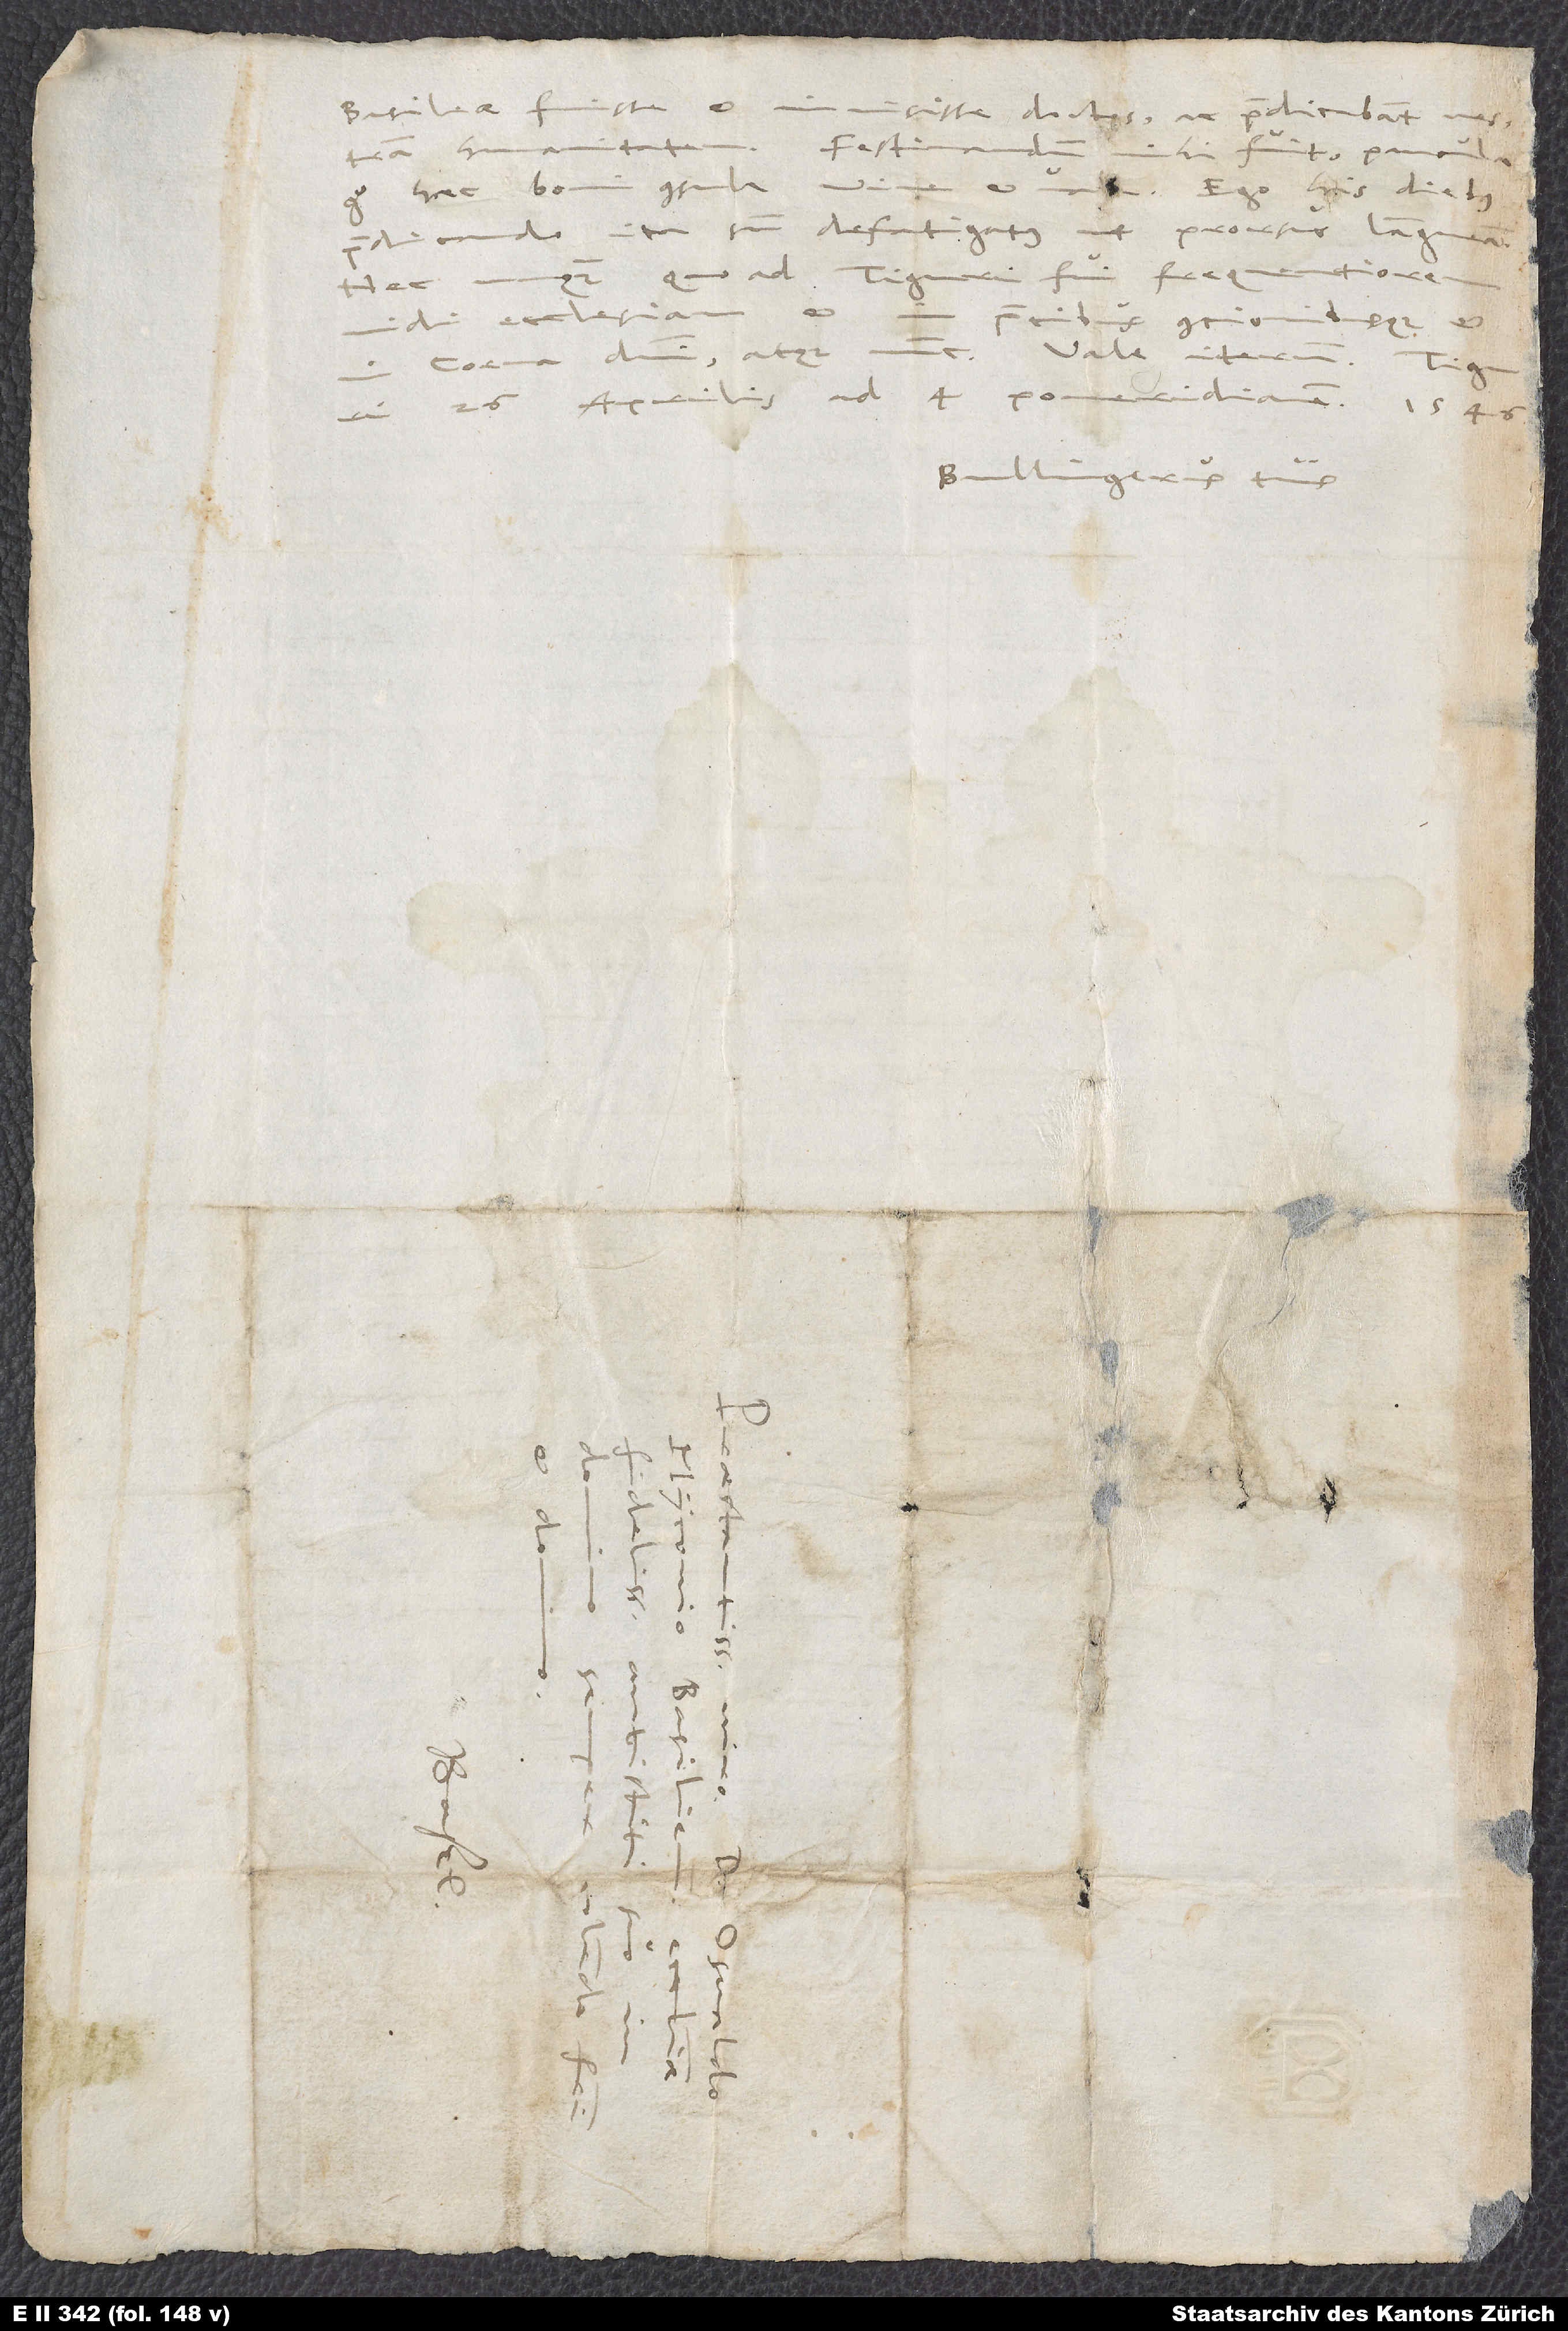
Basileae fuisse et invisisse doctos, ac praedicabant vestram
humanitatem.
Festinandum mihi fuit. Paucula
ergo haec boni consule. Vive et vae. Ego his diebus
praedicando ita sum defatigatus, ut prorsus langueam.
Nec unquam, quoad Tiguri fui, frequentiorem
d.
vidi ecclesiam
precibus concionibusque et
in coena domini atque nunc. Vale iterum.
26. aprilis ad 4. pomeridianam 1546.
Bullingerus tuus.